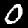
Label: 0